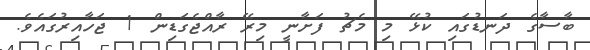
ބާސާގެ ދަނޑުގައި ކުޅޭ މި މެޗު ފަށާނީ މިރޭ ރާއްޖެގަޑިން 1 ޖަހާއިރުގައެވެ.